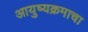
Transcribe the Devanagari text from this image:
आयुष्यक्रमाचा